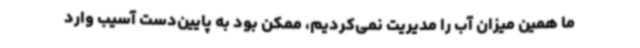
ما همین میزان آب را مدیریت نمی‌کردیم، ممکن بود به پایین‌دست آسیب وارد